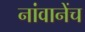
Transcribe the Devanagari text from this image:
नांवानेंच